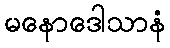
မနောဒေါသာနံ